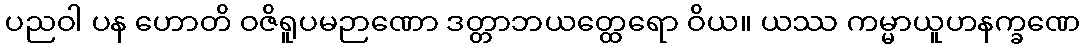
ပညဝါ ပန ဟောတိ ဝဇိရူပမဉာဏော ဒတ္တာဘယတ္ထေရော ဝိယ။ ယဿ ကမ္မာယူဟနက္ခဏေ